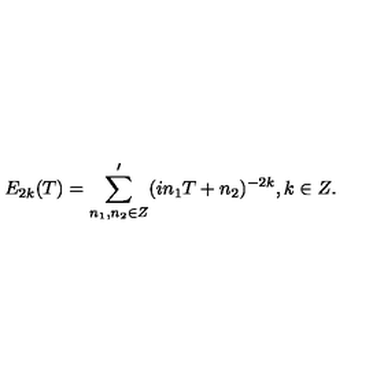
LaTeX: E _ { 2 k } ( T ) = \sum _ { n _ { 1 } , n _ { 2 } \in Z } ^ { \prime } ( i n _ { 1 } T + n _ { 2 } ) ^ { - 2 k } , k \in Z .